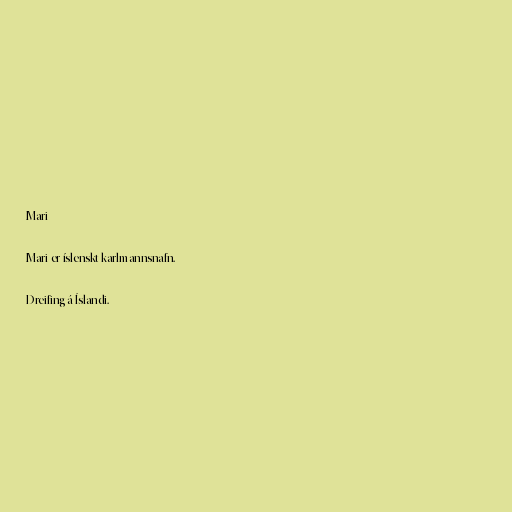
Mari

Mari er íslenskt karlmannsnafn.

Dreifing á Íslandi.